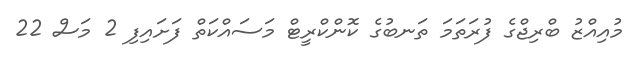
މުއިއްޒު ބްރިޖްގެ ފުރަތަމަ ތަނބުގެ ކޮންކްރީޓް މަސައްކަތް ފަށައިފި 2 މަސް 22